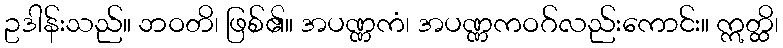
ဥဒါန်းသည်။ ဘဝတိ၊ ဖြစ်၏။ အပဏ္ဏကံ၊ အပဏ္ဏကဝဂ်လည်းကောင်း။ ဣတ္ထိ၊